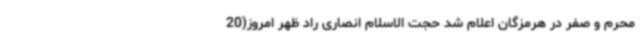
محرم و صفر در هرمزگان اعلام شد حجت الاسلام انصاری راد ظهر امروز(20